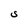
Character: S